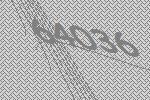
64036